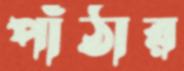
পাঁঠার